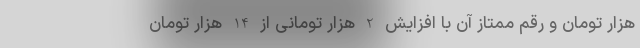
هزار تومان و رقم ممتاز آن با افزایش 2 هزار تومانی از 14 هزار تومان